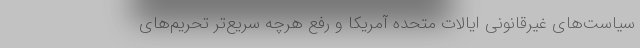
سیاست‌های غیرقانونی ایالات متحده آمریکا و رفع هرچه سریع‌تر تحریم‌های